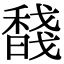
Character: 馢